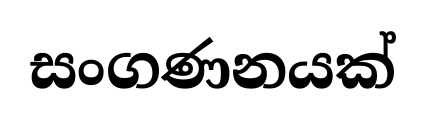
සංගණනයක්